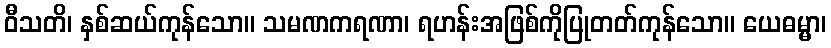
ဝီသတိ၊ နှစ်ဆယ်ကုန်သော။ သမဏကရဏာ၊ ရဟန်းအဖြစ်ကိုပြုတတ်ကုန်သော။ ယေဓမ္မာ၊